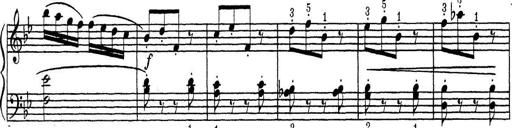
Title: ÄŒeskÃ© Sonatiny
Composer: Various